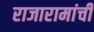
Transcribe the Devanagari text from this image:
राजारामांची